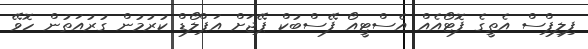
ފިލިޕްސް އެތީގެ ފޮޓޯއެއް އެސްޓީއޯ ފޭސްބުކް ޕޭޖަށް އަޕްލޯޑް ކުުުރުމުން ގުރުއަތުން ހޮވޭ